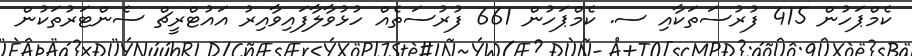
ކެމްޕަހުން 415 ފުރުސަތަކާއި ސ. ކެމްޕަހުން 661 ފުރުސަތެއް ހުޅުވާލާފައިވާއިރު އައުޓްރީޗް ސެންޓަރުތަކުން